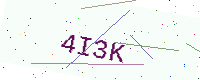
Text: 4I3K